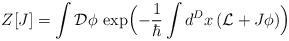
LaTeX: \begin{align*}Z[J]=\int {\cal D}\phi\,\exp\Bigl(-\frac{1}{\hbar}\int d^Dx\,({\cal L}+J\phi)\Bigr)\end{align*}